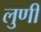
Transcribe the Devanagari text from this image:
लुणी